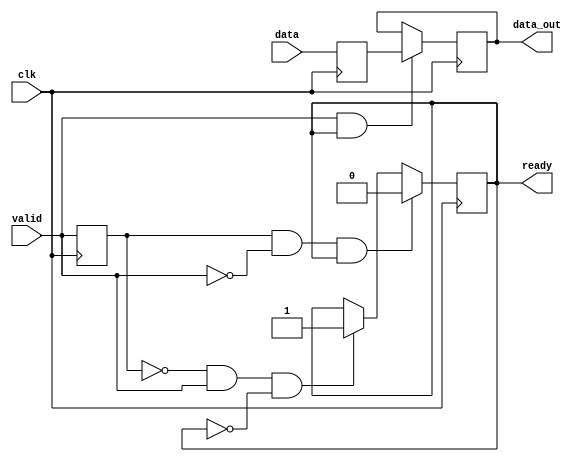
`timescale 10ns / 100ps



module s2(
    input clk,
    input [15:0]data,
    output reg ready,
    //valid 
    input valid,
    output [15:0]data_out
    );
    
reg [15:0]datareg;
//
reg [31:0]data_cache;
//valid
reg [1:0]valid_ff;
wire valid_neg;
wire valid_pos;

initial 
begin 
     datareg  = 16'd0;
     ready = 1'd0;
     valid_ff = 2'd0;
end

always@(posedge clk)
begin
    valid_ff[0] <= valid;
    valid_ff[1] <= valid_ff[0];
end

always@(posedge clk)
begin
    data_cache[15:0] <= data;
    data_cache[32:16] <= data_cache[15:0];
end

assign valid_neg = valid_ff[0] & ~valid;
assign valid_pos = ~valid_ff[0] & valid;
assign data_out = datareg;

always@(posedge clk)
begin
    // valid 
    if(valid & ready)
          begin
            datareg <= data_cache[15:0];
          end
    else
        begin
            datareg <= datareg;
        end
end

always@(negedge clk)
begin
//
    if(valid_pos & (~ready))
        begin
            ready <= 1'd1;
        end
    if(valid_neg & ready)
        begin
            ready <= 1'd0;
        end
end


endmodule